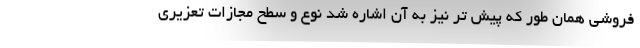
فروشی همان طور که پیش تر نیز به آن اشاره شد نوع و سطح مجازات تعزیری